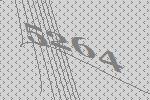
5264